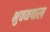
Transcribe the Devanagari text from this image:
भुवनपाल